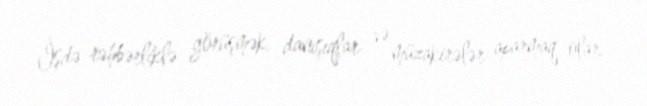
İşdə rəhbərliklə görüşmək, danışıqlar və müzakirələr aparmaq olar.